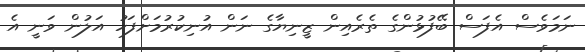
ނަމަވެސް އެފަސް ބޭފުޅުންގެ ތެރެއިން ޒީނިޔާގެ ނަން އުނިކުރުމަށްފަހު އަލުން ވަނީ އެ